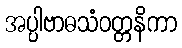
အပ္ပါဗာဓသံဝတ္တနိကာ